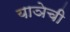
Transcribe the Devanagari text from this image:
याञेची